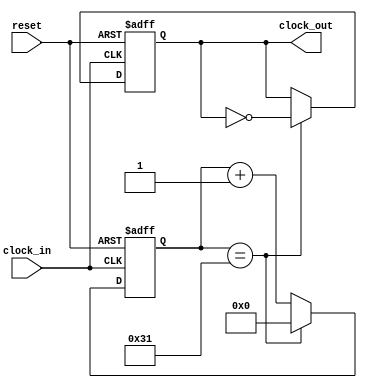
module two_mhz_clock( clock_in, reset, clock_out );
input clock_in, reset;
output reg clock_out;

reg[11:0] counter;

always @(posedge clock_in or negedge reset)
begin
    if (!reset)
    begin
        counter <= 0;
        clock_out <= 0;
    end
    else
    begin
        if (counter==12'd49)
        begin
            counter <= 0;
            clock_out <= ~clock_out;
        end
        else
        begin
            counter <= counter+1;
            clock_out <= clock_out;
        end
    end
end

endmodule